Vaccination report Assam 1874-1896 - 1874-1896
Year: 1874
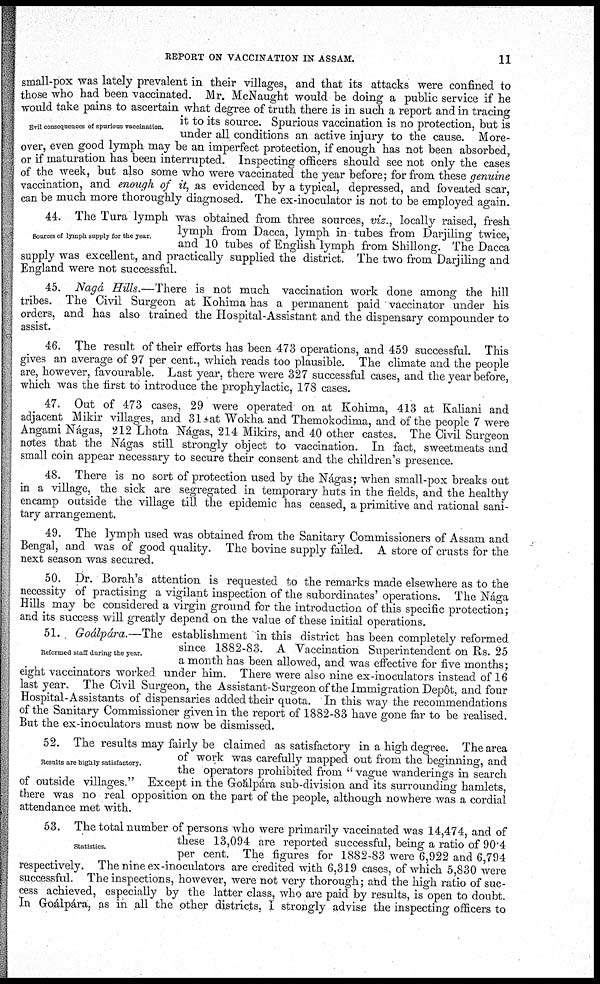
REPORT ON VACCINATION IN ASSAM.
11
Evil consequences of spurious vaccination.
small-pox was lately prevalent in their villages, and that its attacks were confined to
those who had been vaccinated. Mr. McNaught would be doing a public service if he
would take pains to ascertain what degree of truth there is in such a report and in tracing
it to its source. Spurious vaccination is no protection, but is
under all conditions an active injury to the cause. More-
over, even good lymph may be an imperfect protection, if enough has not been absorbed,
or if maturation has been interrupted. Inspecting officers should see not only the cases
of the week, but also some who were vaccinated the year before; for from these genuine
vaccination, and enough of it, as evidenced by a typical, depressed, and foveated scar,
can be much more thoroughly diagnosed. The ex-inoculator is not to be employed again.
Sources of lymph supply for the year.
44. The Tura lymph was obtained from three sources, viz., locally raised, fresh
lymph from Dacca, lymph in tubes from Darjiling twice,
and 10 tubes of English lymph from Shillong. The Dacca
supply was excellent, and practically supplied the district. The two from Darjiling and
England were not successful.
45. Nagá Hills.—There is not much vaccination work done among the hill
tribes. The Civil Surgeon at Kohima has a permanent paid vaccinator under his
orders, and has also trained the Hospital-Assistant and the dispensary compounder to
assist.
46. The result of their efforts has been 473 operations, and 459 successful. This
gives an average of 97 per cent., which reads too plausible. The climate and the people
are, however, favourable. Last year, there were 327 successful cases, and the year before,
which was the first to introduce the prophylactic, 178 cases.
47. Out of 473 cases, 29 were operated on at Kohima, 413 at Kaliani and
adjacent Mikir villages, and 31 at Wokha and Themokodima, and of the people 7 were
Angami Nágas, 212 Lhota Nágas, 214 Mikirs, and 40 other castes. The Civil Surgeon
notes that the Náigas still strongly object to vaccination. In fact, sweetmeats and
small coin appear necessary to secure their consent and the children's presence.
48. There is no sort of protection used by the Nágas; when small-pox breaks out
in a village, the sick are segregated in temporary huts in the fields, and the healthy
encamp outside the village till the epidemic has ceased, a primitive and rational sani-
tary arrangement.
49. The lymph used was obtained from the Sanitary Commissioners of Assam and
Bengal, and was of good quality. The bovine supply failed. A store of crusts for the
next season was secured.
50. Dr. Borah's attention is requested to the remarks made elsewhere as to the
necessity of practising a vigilant inspection of the subordinates' operations. The Nága
Hills may be considered a virgin ground for the introduction of this specific protection;
and its success will greatly depend on the value of these initial operations.
Reformed staff during the year.
51. Goálpára.—The establishment in this district has been completely reformed
since 1882-83. A Vaccination Superintendent on Rs. 25
a month has been allowed, and was effective for five months;
eight vaccinators worked under him. There were also nine ex-inoculators instead of 16
last year. The Civil Surgeon, the Assistant-Surgeon of the Immigration Depôt, and four
Hospital-Assistants of dispensaries added their quota. In this way the recommendations
of the Sanitary Commissioner given in the report of 1882-83 have gone far to be realised.
But the ex-inoculators must now be dismissed.
Results are highly satisfactory.
52. The results may fairly be claimed as satisfactory in a high degree. The area
of work was carefully mapped out from the beginning, and
the operators prohibited from " vague wanderings in search
of outside villages." Except in the Goálpára sub-division and its surrounding hamlets,
there was no real opposition on the part of the people, although nowhere was a cordial
attendance met with.
Statistics.
53. The total number of persons who were primarily vaccinated was 14,474, and of
these 13,094 are reported successful, being a ratio of 90.4
per cent. The figures for 1882-83 were 6,922 and 6,794
respectively. The nine ex-inoculators are credited with 6,319 cases, of which 5,830 were
successful. The inspections, however, were not very thorough; and the high ratio of suc-
cess achieved, especially by the latter class, who are paid by results, is open to doubt.
In Goálpára, as in all the other districts, I strongly advise the inspecting officers to